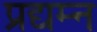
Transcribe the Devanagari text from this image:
प्रद्यम्न